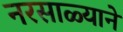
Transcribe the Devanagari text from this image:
नरसाळ्याने